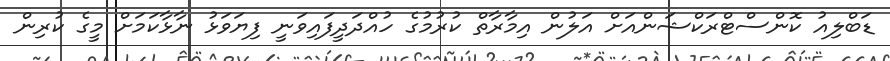
ޑަބްލިއު ކޮންސްޓްރަކްޝަންއަށް އަލުން އިމާރާތް ކުރުމުގެ ހުއްދަދީފައިވަނީ ފިޔަވަޅު ނާޅާކަމަށް މީގެ ކުރިން